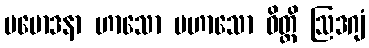
ပမောဒနာ ဟာသော ပဟာသော ဝိတ္တိ ဩဒဂျံ